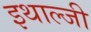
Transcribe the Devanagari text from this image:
इथाल्जी